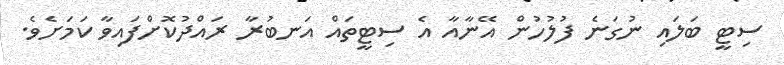
ސިޓީ ބަލައި ނުގަނެ ފުލުހުން އޭނާއާ އެ ސިޓީތައް އަނބުރާ ރައްދުކޮށްފައިވާ ކަމަށެވެ.